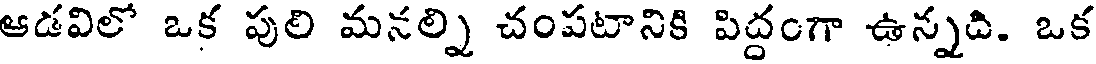
ఆడవిలో ఒక పులి మనల్ని చంపటానికి పిద్దంగా ఉన్నది. ఒక